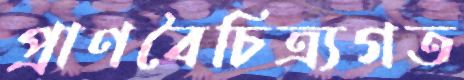
প্রাণবৈচিত্র্যগত